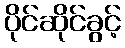
ပိုင်ဆိုင်ခွင့်